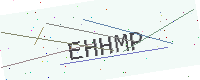
Text: EHHMP